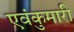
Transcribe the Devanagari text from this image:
एवंकुमारी